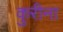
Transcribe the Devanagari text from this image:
कुरीना